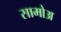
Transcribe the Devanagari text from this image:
सामोअ